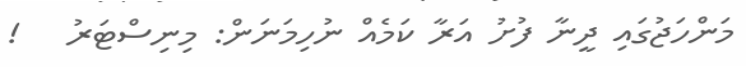
މަންހަޖުގައި ދީނާ ފުށު އަރާ ކަމެއް ނުހިމަނަން: މިނިސްޓަރު   !